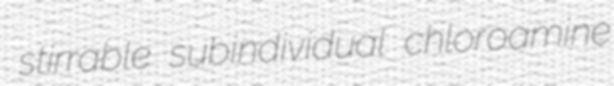
stirrable subindividual chloroamine